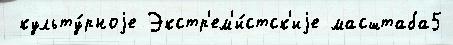
 культу́рноjе Экстр'ем'и́стск'иjе масштаба5